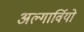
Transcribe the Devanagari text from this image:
अल्गार्वियो